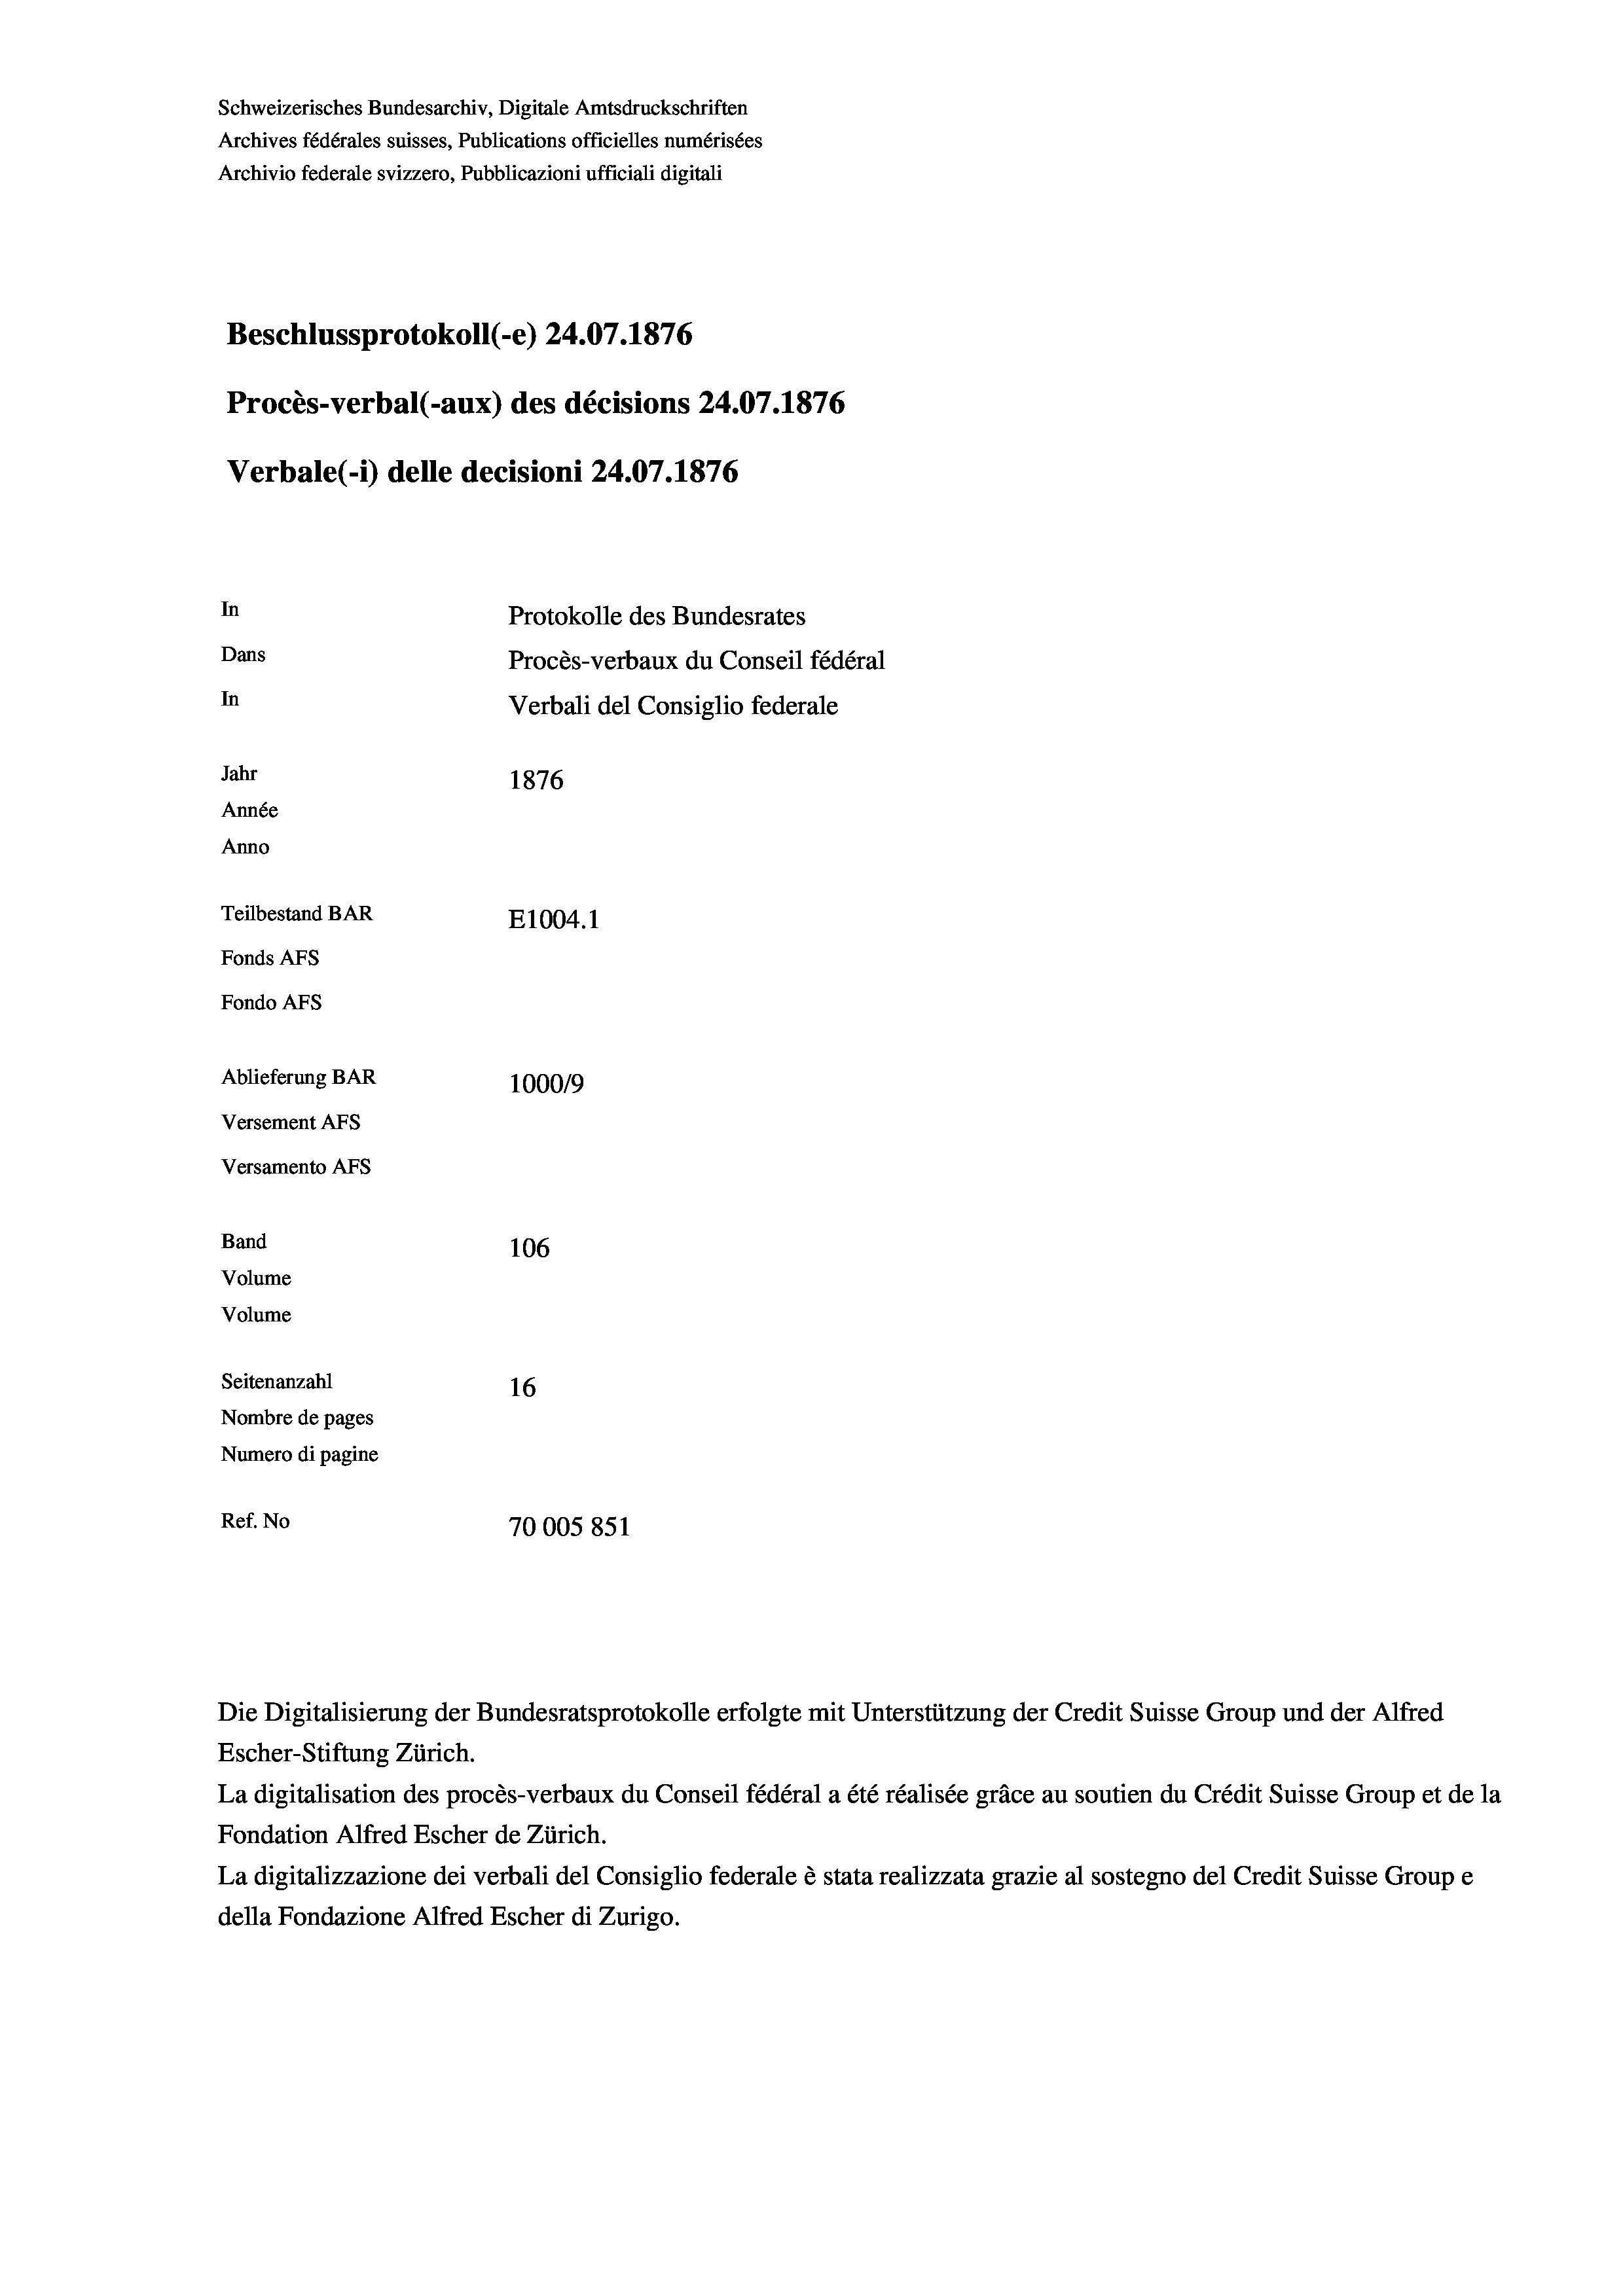
Schweizerisches Bundesarchiv, Digitale Amtsdruckschriften
Archives fédérales suisses, Publications officielles numérisées
Archivio federale svizzero, Pubblicazioni ufficiali digitali
Beschlussprotokoll (-e) 24.07. 1876
Procès-verbal (-aux) des décisions 24.07.1876
Verbale (i) delle decisioni 24.07. 1876
In
Protokolle des Bundesrates
Dans
Procès-verbaux du Conseil fédéral
In
Verbali del Consiglio federale
Jahr
1876
Année
Anno
Teilbestand BAR
E1004. 1
Fonds AFs
Fondo AFs
Ablieferung BAR
1000/9
Versement Abs
Versamento Afs
Band
106
Volume
Volume
Seitenanzahl
16
Nombre de pages
Numero di pagine
Ref. No
70005 851

Escher-Stiftung Zürich.
La digitalisation des procès-verbaux du Conseil fédéral a été réalisée gräce au soutien du Crédit Suisse Group et de la
Fondation Alfred Escher de Zürich.
La digitalizzazione dei verbali del Consiglio federale è stata realizzata grazie al sostegno del Credit Suisse Groupe
della Fondazione Alfred Escher di Zurigo.

Die Digitalisierung der Bundesratsprotokolle erfolgte mit Unterstützung der Credit Suisse Group und der Alfred